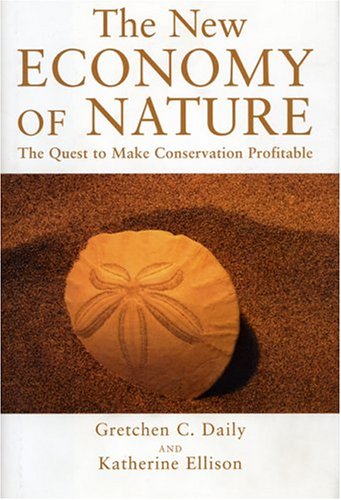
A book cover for The New Economy of Nature: The Quest to Make Conservation Profitable; Gretchen Daily; Business & Money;